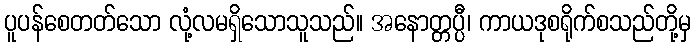
ပူပန်စေတတ်သော လုံ့လမရှိသောသူသည်။ အနောတ္တပ္ပီ၊ ကာယဒုစရိုက်စသည်တို့မှ